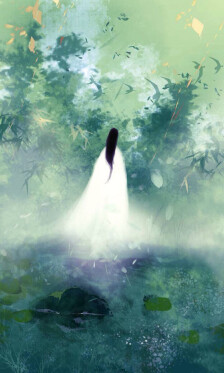
湘泪浅深滋竹色，楚歌重叠怨兰丛。